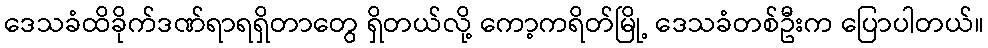
ဒေသခံထိခိုက်ဒဏ်ရာရရှိတာတွေ ရှိတယ်လို့ ကော့ကရိတ်မြို့ ဒေသခံတစ်ဦးက ပြောပါတယ်။